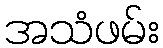
အသံဖမ်း